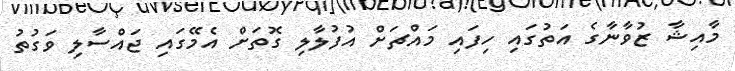
މާއިޝާ ޒުވާނާގެ އަތުގައި ހިފައި މައްޗަށް އުފުލާލި ގޮތަށް އެމޭގައި ޖައްސާލި ވަގުތު